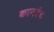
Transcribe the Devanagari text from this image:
कानवेंट